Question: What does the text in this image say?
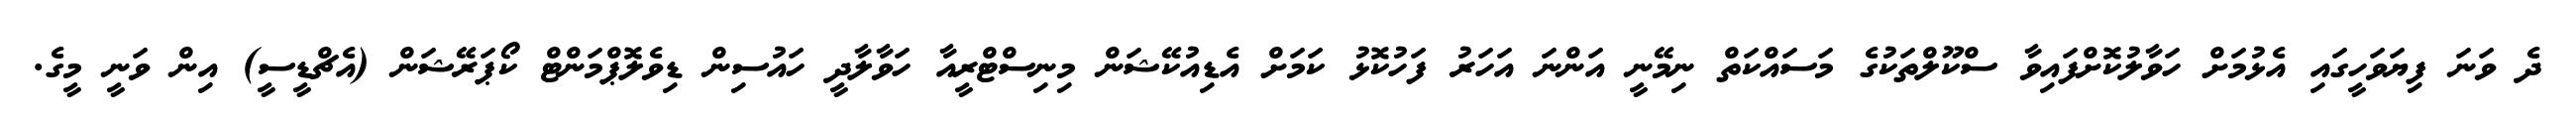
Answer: ދެ ވަނަ ފިޔަވަހީގައި އެޅުމަށް ހަވާލުކޮށްފައިވާ ސްކޫލްތަކުގެ މަސައްކަތް ނިމޭނީ އަންނަ އަހަރު ފަހުކޮޅު ކަމަށް އެޑިއުކޭޝަން މިނިސްޓްރީއާ ހަވާލާދީ ހައުސިން ޑިވެލޮޕްމަންޓް ކޯޕަރޭޝަން (އެޗްޑީސީ) އިން ވަނީ މީގެ.